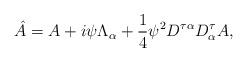
LaTeX: \begin{align*}\hat{A}=A+i\psi \Lambda_{\alpha}+\frac{1}{4} \psi^2 {D^{\tau\alpha}D^{\tau}_{\alpha}} A,\end{align*}